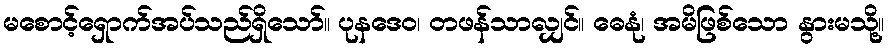
မစောင့်ရှောက်အပ်သည်ရှိသော်။ ပုနဒေဝ၊ တဖန်သာလျှင်။ ဓေနုံ၊ အမိဖြစ်သော နွားမသို့။